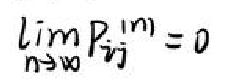
\(\lim_{n \to \infty} P_{ij}^{(m)} = 0\)